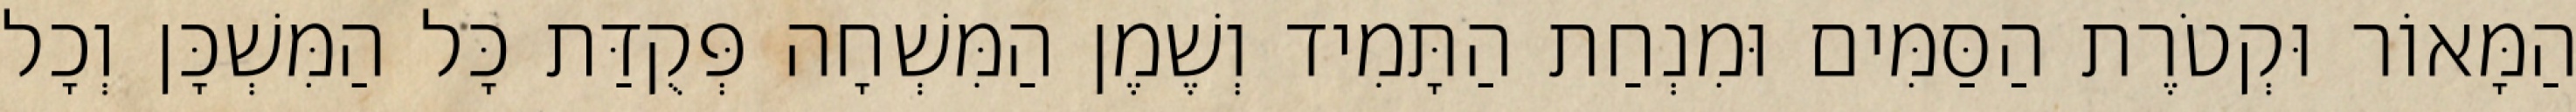
הַמָּאוֹר וּקְטֹרֶת הַסַּמִּים וּמִנְחַת הַתָּמִיד וְשֶׁמֶן הַמִּשְׁחָה פְּקֻדַּת כָּל הַמִּשְׁכָּן וְכָל